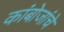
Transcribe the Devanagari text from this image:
कांबोजांचे